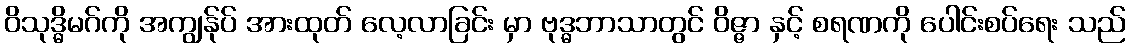
ဝိသုဒ္ဓိမဂ်ကို အကျွန်ုပ် အားထုတ် လေ့လာခြင်း မှာ ဗုဒ္ဓဘာသာတွင် ဝိဇ္ဇာ နှင့် စရဏကို ပေါင်းစပ်ရေး သည်